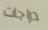
دراجات